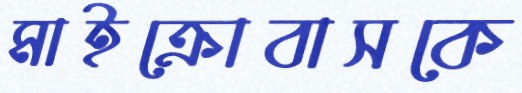
মাইক্রোবাসকে